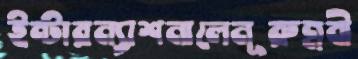
ইন্টারন্যাশনালেনূরুন্নবী